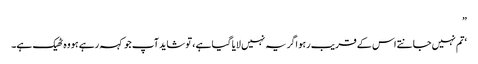
”
‘تم نہیں جانتے اس کے قریب رہو اگر یہ نہیں لایا گیا ہے ، تو شاید آپ جو کہہ رہے ہو وہ ٹھیک ہے۔